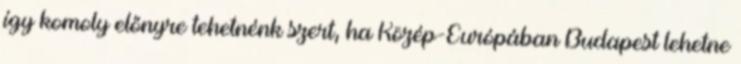
így komoly előnyre tehetnénk szert, ha Közép-Európában Budapest lehetne